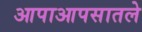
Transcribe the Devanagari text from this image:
आपाआपसातले